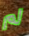
لم